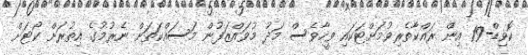
ކޮވިޑް-19 އިން ރައްކާތެރިވުމަށްޓަކައި ވީހާވެސް މަދު މުވައްޒަފުން މަސައްކަތަށް ނެރުމުގެ އިތުރަށް ކޯޓަށް